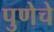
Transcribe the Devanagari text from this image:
पुणेचे